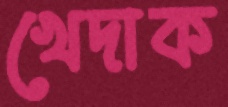
খেদাক